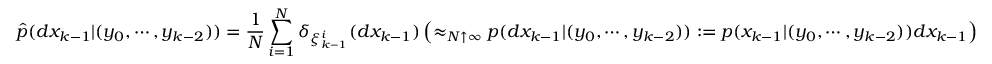
{ \widehat { p } } ( d x _ { k - 1 } | ( y _ { 0 } , \cdots , y _ { k - 2 } ) ) = { \frac { 1 } { N } } \sum _ { i = 1 } ^ { N } \delta _ { \xi _ { k - 1 } ^ { i } } ( d x _ { k - 1 } ) \left( \approx _ { N \uparrow \infty } p ( d x _ { k - 1 } | ( y _ { 0 } , \cdots , y _ { k - 2 } ) ) : = { p } ( x _ { k - 1 } | ( y _ { 0 } , \cdots , y _ { k - 2 } ) ) d x _ { k - 1 } \right)